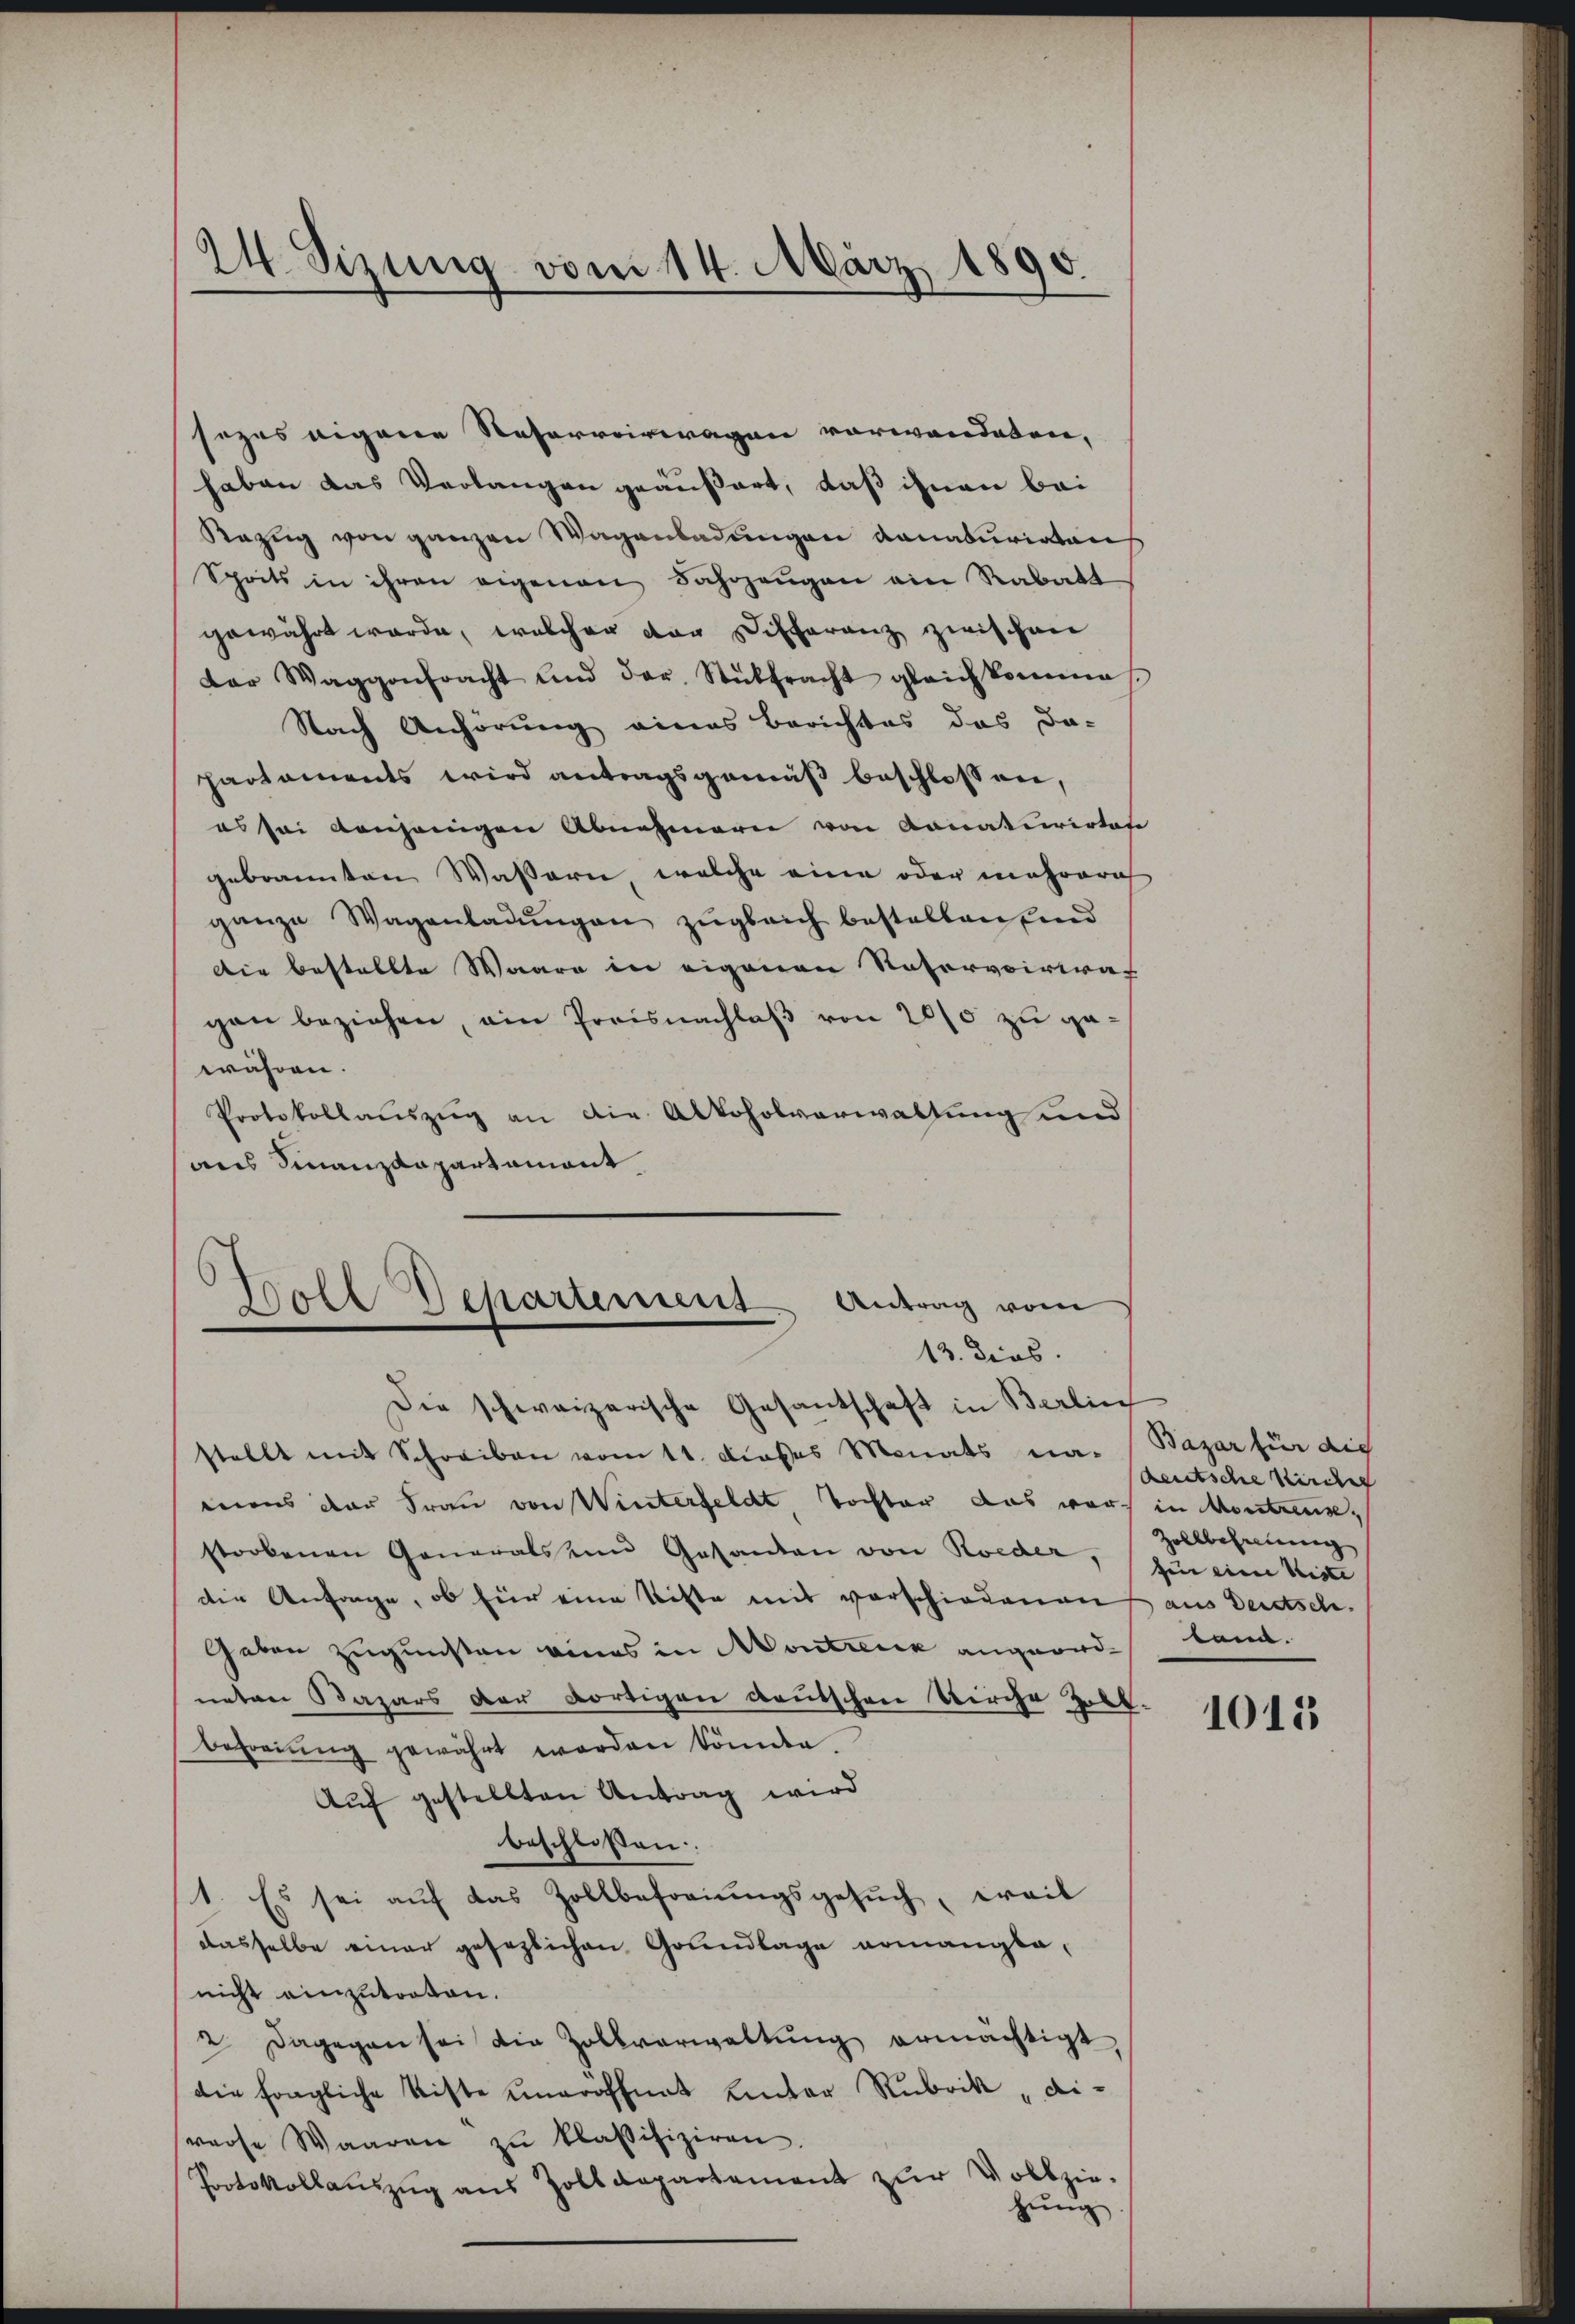
24. Sizung vom 14. März 1890.

sezes eigene Reserverwagen vorwandeten,
haben das Verlangen geäußert, daß ihnen bei
Razŭg von ganzen Wagenladungen danacurirten
Sprits in ihren eigenen Fahrzeŭgen ein Rabatt
gewährt wurde, welcher der Differenz zwischen
der Waggonbracht und dar. Stüttracht gleichkommes.
Nach Anhörung eines Berichtes das da-
partaments wird antragsgemäß beschlossen,
es sei denjenigen Abnahmern von Donaturirtes
gebrannten Wassern, welche eine oder mehrerich
ganze Wagenladŭngen zŭgleich bestellen und
Die bestellte Waare in eigenen Notervoir raf
gen beziehen, ein Preisnachlaβ von 200 zu gewähren.
Protokollauszug an die Alkoholverwaltung und
sans Finanzdepartamont

Woll Departement. Antrag vom
13. dies

Die schweizerische Gesantschaft in Berlin
stellt mit Schreiben vom 11. dieses Monats na-
mens der Frau von Winterfeldt Tochter das war in Montana,
storbenen Generals um Gesanden von Kocder,
die Anfrage, ob für eine Kiste mit vorschiedenen
Geben zugunsten eines in Montrenz angeordneten Bazars der dortigen deutschen Kirche Zoll-
Besorgung gewährt worden könnte.
Aŭf gestellten Antrag wird
beschlossen.
1. Es sei aŭf das Zollbesorgŭngsgesŭch, weil
dasselbe einer gesezlichen Grundlage armanglonicht einzutorten.
u dagegen sei die Zollverwaltŭng ermächtigt,
die fragliche Kiste uneröffnet Lentor Rubrik „di-
vase Waaren zŭ klassifiziren
Protokollaŭszŭg ans Zolldepartement zŭr Vollzie-
hung

Bazar für die
deutsche Kircher
Zollbehaltung
zin eine Weiste
 aus Deutsch.
land.

1013